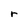
Character: r